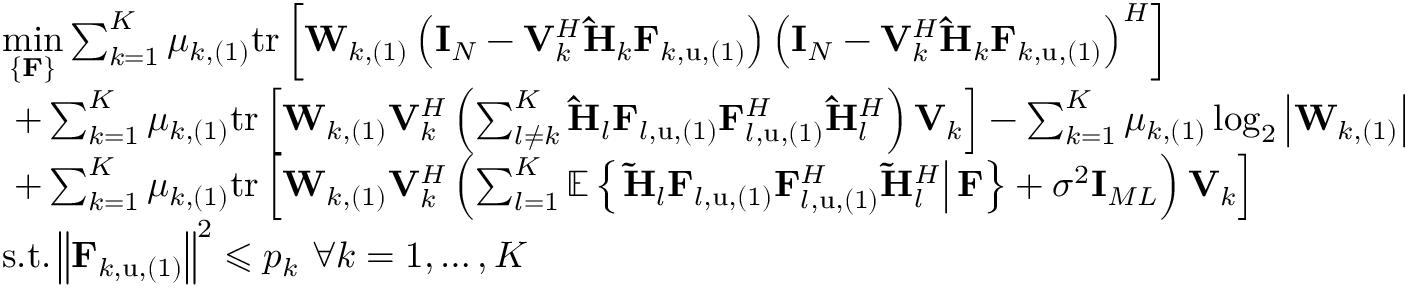
\begin{array} { r l } & { \underset { \left\{ \mathbf { F } \right\} } { \operatorname* { m i n } } \sum _ { k = 1 } ^ { K } { \mu _ { k , ( 1 ) } \mathrm { t r } \left[ \mathbf { W } _ { k , ( 1 ) } \left( \mathbf { I } _ { N } - \mathbf { V } _ { k } ^ { H } \mathbf { \hat { H } } _ { k } \mathbf { F } _ { k , \mathrm { u } , ( 1 ) } \right) \left( \mathbf { I } _ { N } - \mathbf { V } _ { k } ^ { H } \mathbf { \hat { H } } _ { k } \mathbf { F } _ { k , \mathrm { u } , ( 1 ) } \right) ^ { H } \right] } } \\ & { \, \, + \sum _ { k = 1 } ^ { K } { \mu _ { k , ( 1 ) } \mathrm { t r } \left[ \mathbf { W } _ { k , ( 1 ) } \mathbf { V } _ { k } ^ { H } \left( \sum _ { l \ne k } ^ { K } { \mathbf { \hat { H } } _ { l } \mathbf { F } _ { l , \mathrm { u } , ( 1 ) } \mathbf { F } _ { l , \mathrm { u } , ( 1 ) } ^ { H } \mathbf { \hat { H } } _ { l } ^ { H } } \right) \mathbf { V } _ { k } \right] } - \sum _ { k = 1 } ^ { K } { \mu _ { k , ( 1 ) } \log _ { 2 } \left| \mathbf { W } _ { k , ( 1 ) } \right| } } \\ & { \, \, + \sum _ { k = 1 } ^ { K } { \mu _ { k , ( 1 ) } \mathrm { t r } } \left[ \mathbf { W } _ { k , ( 1 ) } \mathbf { V } _ { k } ^ { H } \left( \sum _ { l = 1 } ^ { K } { \mathbb { E } \left\{ \left. \mathbf { \tilde { H } } _ { l } \mathbf { F } _ { l , \mathrm { u } , ( 1 ) } \mathbf { F } _ { l , \mathrm { u } , ( 1 ) } ^ { H } \mathbf { \tilde { H } } _ { l } ^ { H } \right| \mathbf { F } \right\} } + \sigma ^ { 2 } \mathbf { I } _ { M L } \right) \mathbf { V } _ { k } \right] } \\ & { \mathrm { s } . \mathrm { t } . \left\| \mathbf { F } _ { k , \mathrm { u } , ( 1 ) } \right\| ^ { 2 } \leqslant p _ { k } \, \, \forall k = 1 , \dots , K } \end{array}